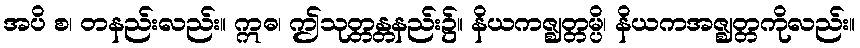
အပိ စ၊ တနည်းလည်း။ ဣဓ၊ ဤသုတ္တန္တနည်း၌။ နိယကဇ္ဈတ္တမ္ပိ၊ နိယကအဇ္ဈတ္တကိုလည်း။